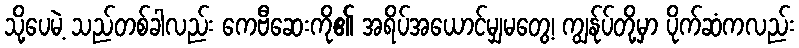
သို့ပေမဲ့ သည်တစ်ခါလည်း ကေဗီဆေးကို၏ အရိပ်အယောင်မျှမတွေ့၊ ကျွန်ုပ်တို့မှာ ပိုက်ဆံကလည်း